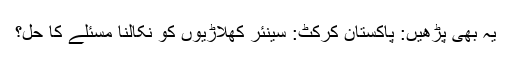
یہ بھی پڑھیں: پاکستان کرکٹ: سینئر کھلاڑیوں کو نکالنا مسئلے کا حل؟